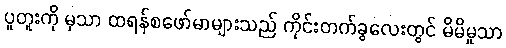
ပူတူးကို မှသာ ထရန်စဖော်မာများသည် ကိုင်းတက်ခွလေးတွင် မိမိမှုသာ